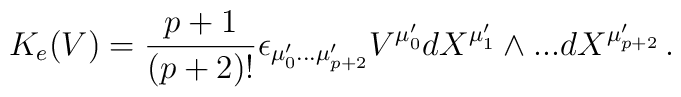
K_e(V)=\frac{p+1}{(p+2)!}\epsilon_{\mu'_{0}...\mu'_{p+2}}V^{\mu'_{0}}dX^{\mu'_{1}}\wedge ... dX^{\mu'_{p+2}}\,.